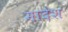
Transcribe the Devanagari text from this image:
मादेश